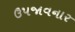
ઉપજાવનાર